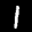
Label: 1